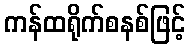
ကန်ထရိုက်စနစ်ဖြင့်